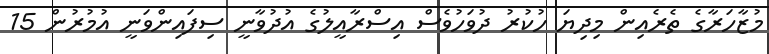
މުޒާހަރާގެ ތެރެއިން މިދިޔަ ހުކުރު ދުވަހުވެސް އިސްރާއީލުގެ އުދުވާނީ ސިފައިންވަނީ އުމުރުން 15